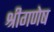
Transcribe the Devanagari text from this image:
श्रीगणेष